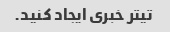
تیتر خبری ایجاد کنید.